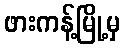
ဖားကန့်မြို့မှ